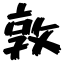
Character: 敦